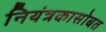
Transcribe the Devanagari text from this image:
नियंत्रकासोबत